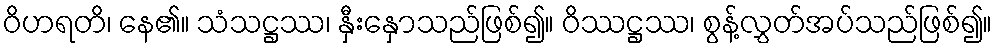
ဝိဟရတိ၊ နေ၏။ သံသဋ္ဌဿ၊ နှီးနှောသည်ဖြစ်၍။ ဝိဿဋ္ဌဿ၊ စွန့်လွှတ်အပ်သည်ဖြစ်၍။